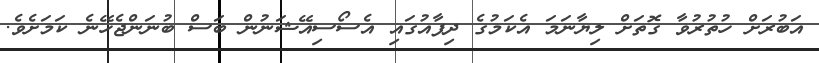
އަބުރަށް ހުތުރުވާ ގޮތަށް ލިޔާނަމަ އެކަމުގެ ދިފާއުގައި އެސޯސިއޭޝަނުން ބަސް ބުނަންޖެހޭނެ ކަމަށެވެ.